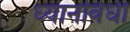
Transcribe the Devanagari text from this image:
ध्यानविधी